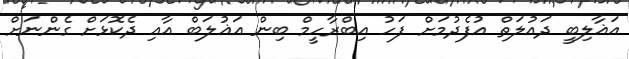
އަޣާލިބީ ދައުލަތް އުފެދުމަށް ފަހު އިބްރާހީމް ބިން އަޣުލަބް އާއި ދެކޮޅަށް ގެންނަށް